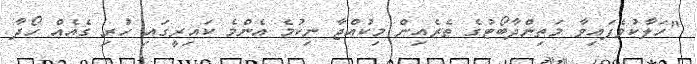
"ހަލާކުވެފައިވާ މަތިންދާބޯޓުގެ ތެރެއިން މިކުއްޖާ ނިކުމެ އެންމެ ކައިރީގައި ހުރި ގެއެއް ހޯދާ